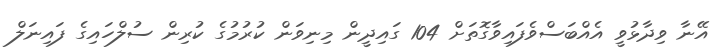
އޭނާ ވިދާޅުވީ އެއްބަސްވެފައިވާގޮތަށް 104 ގައިދީން މިނިވަން ކުރުމުގެ ކުރިން ސުލްހައިގެ ފައިނަލް